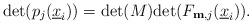
LaTeX: \begin{align*} \mathrm{det}(p_j(\underline{x}_i))= \mathrm{det}(M)\mathrm{det}(F_{\mathbf{m},j}(\underline{x}_i)).\end{align*}